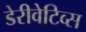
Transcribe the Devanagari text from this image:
डेरीवेटिव्स